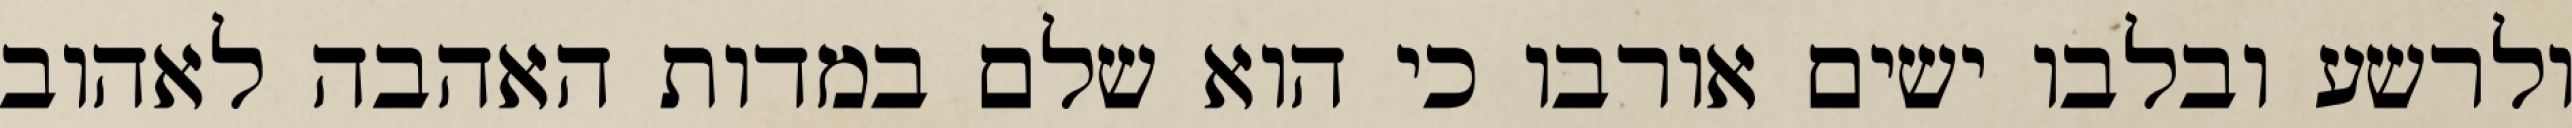
ולרשע ובלבו ישים אורבו כי הוא שלם במדות האהבה לאהוב